Civil Veterinary Department. Madras. Admin. report 1910-25 - 1910-1925
Year: 1910
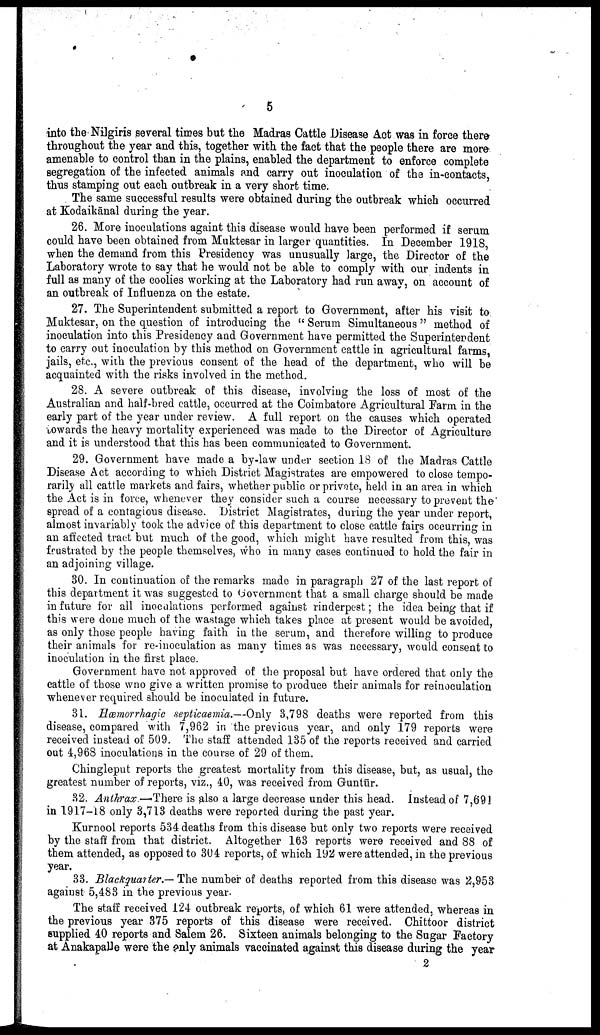
5
into the Nilgiris several times but the Madras Cattle Disease Act was in force there
throughout the year and this, together with the fact that the people there are more
amenable to control than in the plains, enabled the department to enforce complete
segregation of the infected animals and carry out inoculation of the in-contacts,
thus stamping out each outbreak in a very short time.
The same successful results were obtained during the outbreak which occurred
at Kodaikānal during the year.
26. More inoculations againt this disease would have been performed if serum
could have been obtained from Muktesar in larger quantities. In December 1918,
when the demand from this Presidency was unusually large, the Director of the
Laboratory wrote to say that he would not be able to comply with our indents in
full as many of the coolies working at the Laboratory had run away, on account of
an outbreak of Influenza on the estate.
27. The Superintendent submitted a report to Government, after his visit to
Muktesar, on the question of introducing the "Serum Simultaneous "method of
inoculation into this Presidency and Government have permitted the Superintendent
to carry out inoculation by this method on Government cattle in agricultural farms,
jails, etc., with the previous consent of the head of the department, who will be
acquainted with the risks involved in the method.
28. A severe outbreak of this disease, involving the loss of most of the
Australian and half-bred cattle, occurred at the Coimbatore Agricultural Farm in the
early part of the year under review. A full report on the causes which operated
towards the heavy mortality experienced was made to the Director of Agriculture
and it is understood that this has been communicated to Government.
29. Government have made a by-law under section 18 of the Madras Cattle
Disease Act according to which District Magistrates are empowered to close tempo
rarily all cattle markets and fairs, whether public or private, held in an area in which
the Act is in force, whenever they consider such a course necessary to prevent the
spread of a contagious disease. District Magistrates, during the year under report,
almost invariably took the advice of this department to close cattle fairs occurring in
an affected tract but much of the good, which might have resulted from this, was
frustrated by the people themselves, who in many eases continued to hold the fair in
an adjoining village.
30. In continuation of the remarks made in paragraph 27 of the last report of
this department it was suggested to Government that a small charge should be made
in future for all inoculations performed against rinderpest; the idea being that if
this were done much of the wastage which takes place at present would be avoided,
as only those people having faith in the serum, and therefore willing to produce
their animals for re-inoculation as many times as was necessary, would consent to
inoculation in the first place.
Government have not approved of the proposal but have ordered that only the
cattle of those who give a written promise to produce their animals for reinoculation
whenever required should be inoculated in future.
31. Hæmorrhagic septicaemia.—Only 3,798 deaths were reported from this
disease, compared with 7,962 in the previous year, and only 179 reports were
received instead of 509. The staff attended 135 of the reports received and carried
out 4,968 inoculations in the course of 29 of them.
Chingleput reports the greatest mortality from this disease, but, as usual, the
greatest number of reports, viz., 40, was received from Guntūr.
32. Anthrax.—There is also a large decrease under this head. Instead of 7,691
in 1917—18 only 3,713 deaths were reported during the past year.
Kurnool reports 534 deaths from this disease but only two reports were received
by the staff from that district. Altogether 163 reports were received and 88 of
them attended, as opposed to 304 reports, of which 192 were attended, in the previous
year.
33. Blackquarter.— The number of deaths reported from this disease was 2,953
against 5,483 in the previous year.
The staff received 124 outbreak reports, of which 61 were attended, whereas in
the previous year 375 reports of this disease were received. Chittoor district
supplied 40 reports and Salem 26. Sixteen animals belonging to the Sugar Factory
at Anakapalle were the only animals vaccinated against this disease during the year
2